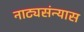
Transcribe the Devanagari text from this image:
नाट्यसंन्यास